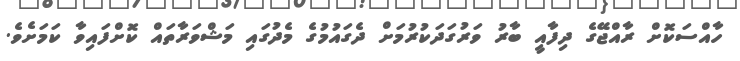
ހާއްސަކޮށް ރާއްޖޭގެ ދިފާއީ ބާރު ވަރުގަދަކުރުމަށް ދެގައުމުގެ މެދުގައި މަޝްވަރާތައް ކޮށްފައިވާ ކަމަށެވެ.